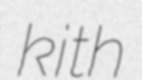
kith